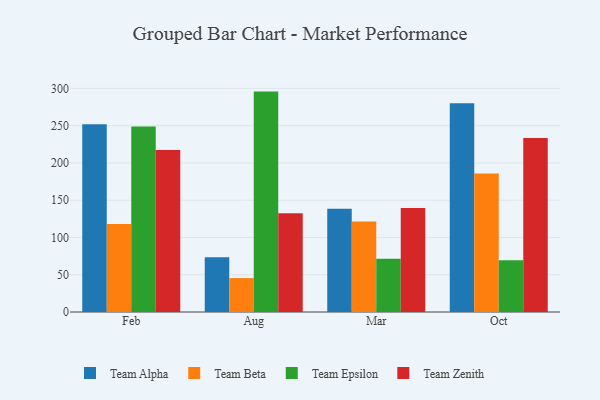
{"axis": {"x": "Month", "y": "Budget (USD K)"}, "legend": ["Team Alpha", "Team Beta", "Team Epsilon", "Team Zenith"], "data": [{"x": "Feb", "y": 252.0, "type": "Team Alpha"}, {"x": "Feb", "y": 118.0, "type": "Team Beta"}, {"x": "Feb", "y": 249.0, "type": "Team Epsilon"}, {"x": "Feb", "y": 217.5, "type": "Team Zenith"}, {"x": "Aug", "y": 73.3, "type": "Team Alpha"}, {"x": "Aug", "y": 45.5, "type": "Team Beta"}, {"x": "Aug", "y": 295.7, "type": "Team Epsilon"}, {"x": "Aug", "y": 132.6, "type": "Team Zenith"}, {"x": "Mar", "y": 138.6, "type": "Team Alpha"}, {"x": "Mar", "y": 121.3, "type": "Team Beta"}, {"x": "Mar", "y": 71.6, "type": "Team Epsilon"}, {"x": "Mar", "y": 139.6, "type": "Team Zenith"}, {"x": "Oct", "y": 280.0, "type": "Team Alpha"}, {"x": "Oct", "y": 185.7, "type": "Team Beta"}, {"x": "Oct", "y": 69.3, "type": "Team Epsilon"}, {"x": "Oct", "y": 233.4, "type": "Team Zenith"}]}